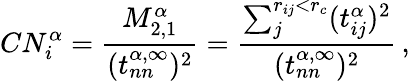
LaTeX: CN_{i}^{\alpha}=\frac{M_{2,1}^{\alpha}}{(t_{nn}^{\alpha,\infty})^{2}}=\frac{\sum_{j}^{r_{ij}<r_{c}}(t_{ij}^{\alpha})^{2}}{(t_{nn}^{\alpha,\infty})^{2}}\, ,